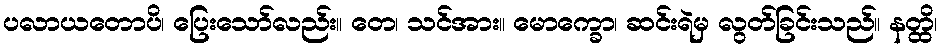
ပလာယတောပိ၊ ပြေးသော်လည်း။ တေ၊ သင်အား။ မောက္ခော၊ ဆင်းရဲမှ လွတ်ခြင်းသည်။ နတ္ထိ၊